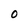
Character: O